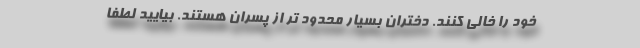
خود را خالی کنند. دختران بسیار محدود تر از پسران هستند. بیایید لطفا